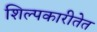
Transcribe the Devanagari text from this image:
शिल्पकारीतेत